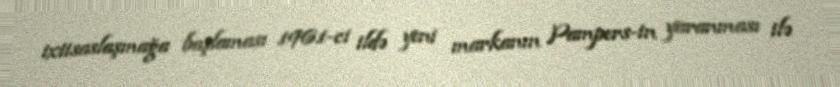
ixtisaslaşmağa başlaması 1961-ci ildə yeni markanın Pampers-in yaranması ilə